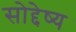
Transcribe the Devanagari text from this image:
सोद्देष्य